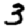
Digit: 3